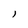
Character: 1